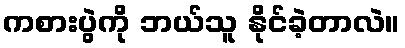
ကစားပွဲကို ဘယ်သူ နိုင်ခဲ့တာလဲ။